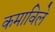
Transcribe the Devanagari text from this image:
कमाविले